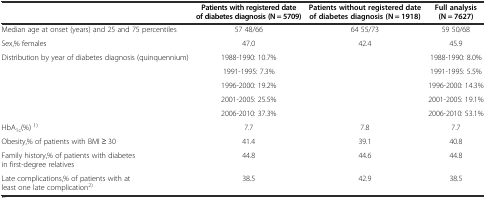
<table><thead><tr><td></td><td><b>Patients with registered date of diabetes diagnosis (N = 5709)</b></td><td><b>Patients without registered date of diabetes diagnosis (N = 1918)</b></td><td><b>Full analysis (N = 7627)</b></td></tr></thead><tbody><tr><td>Median age at onset (years) and 25 and 75 percentiles</td><td>57 48/66</td><td>64 55/73</td><td>59 50/68</td></tr><tr><td>Sex,% females</td><td>47.0</td><td>42.4</td><td>45.9</td></tr><tr><td rowspan="5">Distribution by year of diabetes diagnosis (quinquennium)</td><td>1988-1990: 10.7%</td><td></td><td>1988-1990: 8.0%</td></tr><tr><td>1991-1995: 7.3%</td><td></td><td>1991-1995: 5.5%</td></tr><tr><td>1996-2000: 19.2%</td><td></td><td>1996-2000: 14.3%</td></tr><tr><td>2001-2005: 25.5%</td><td></td><td>2001-2005: 19.1%</td></tr><tr><td>2006-2010: 37.3%</td><td></td><td>2006-2010: 53.1%</td></tr><tr><td>HbA<sub>1c</sub>(%) <sup>1)</sup></td><td>7.7</td><td>7.8</td><td>7.7</td></tr><tr><td>Obesity,% of patients with BMI ≥ 30</td><td>41.4</td><td>39.1</td><td>40.8</td></tr><tr><td>Family history,% of patients with diabetes in first-degree relatives</td><td>44.8</td><td>44.6</td><td>44.8</td></tr><tr><td>Late complications,% of patients with at least one late complication<sup>2)</sup></td><td>38.5</td><td>42.9</td><td>38.5</td></tr></tbody></table>